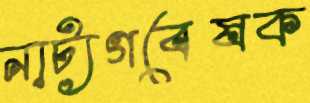
নাট্যগবেষক